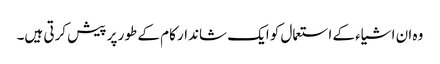
وہ ان اشیاء کے استعمال کو ایک شاندار کام کے طور پر پیش کرتی ہیں۔